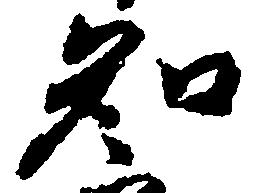
知